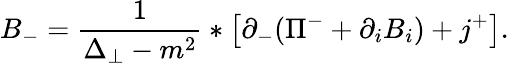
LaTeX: B_{-}=\frac{1}{\Delta_{\perp}-m^{2}}*\left[\partial_{-}(\Pi^{-}+\partial_{i}B_{i})+j^{+}\right].